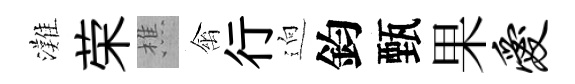
灘荣樵禽行逈鈞甄果爱